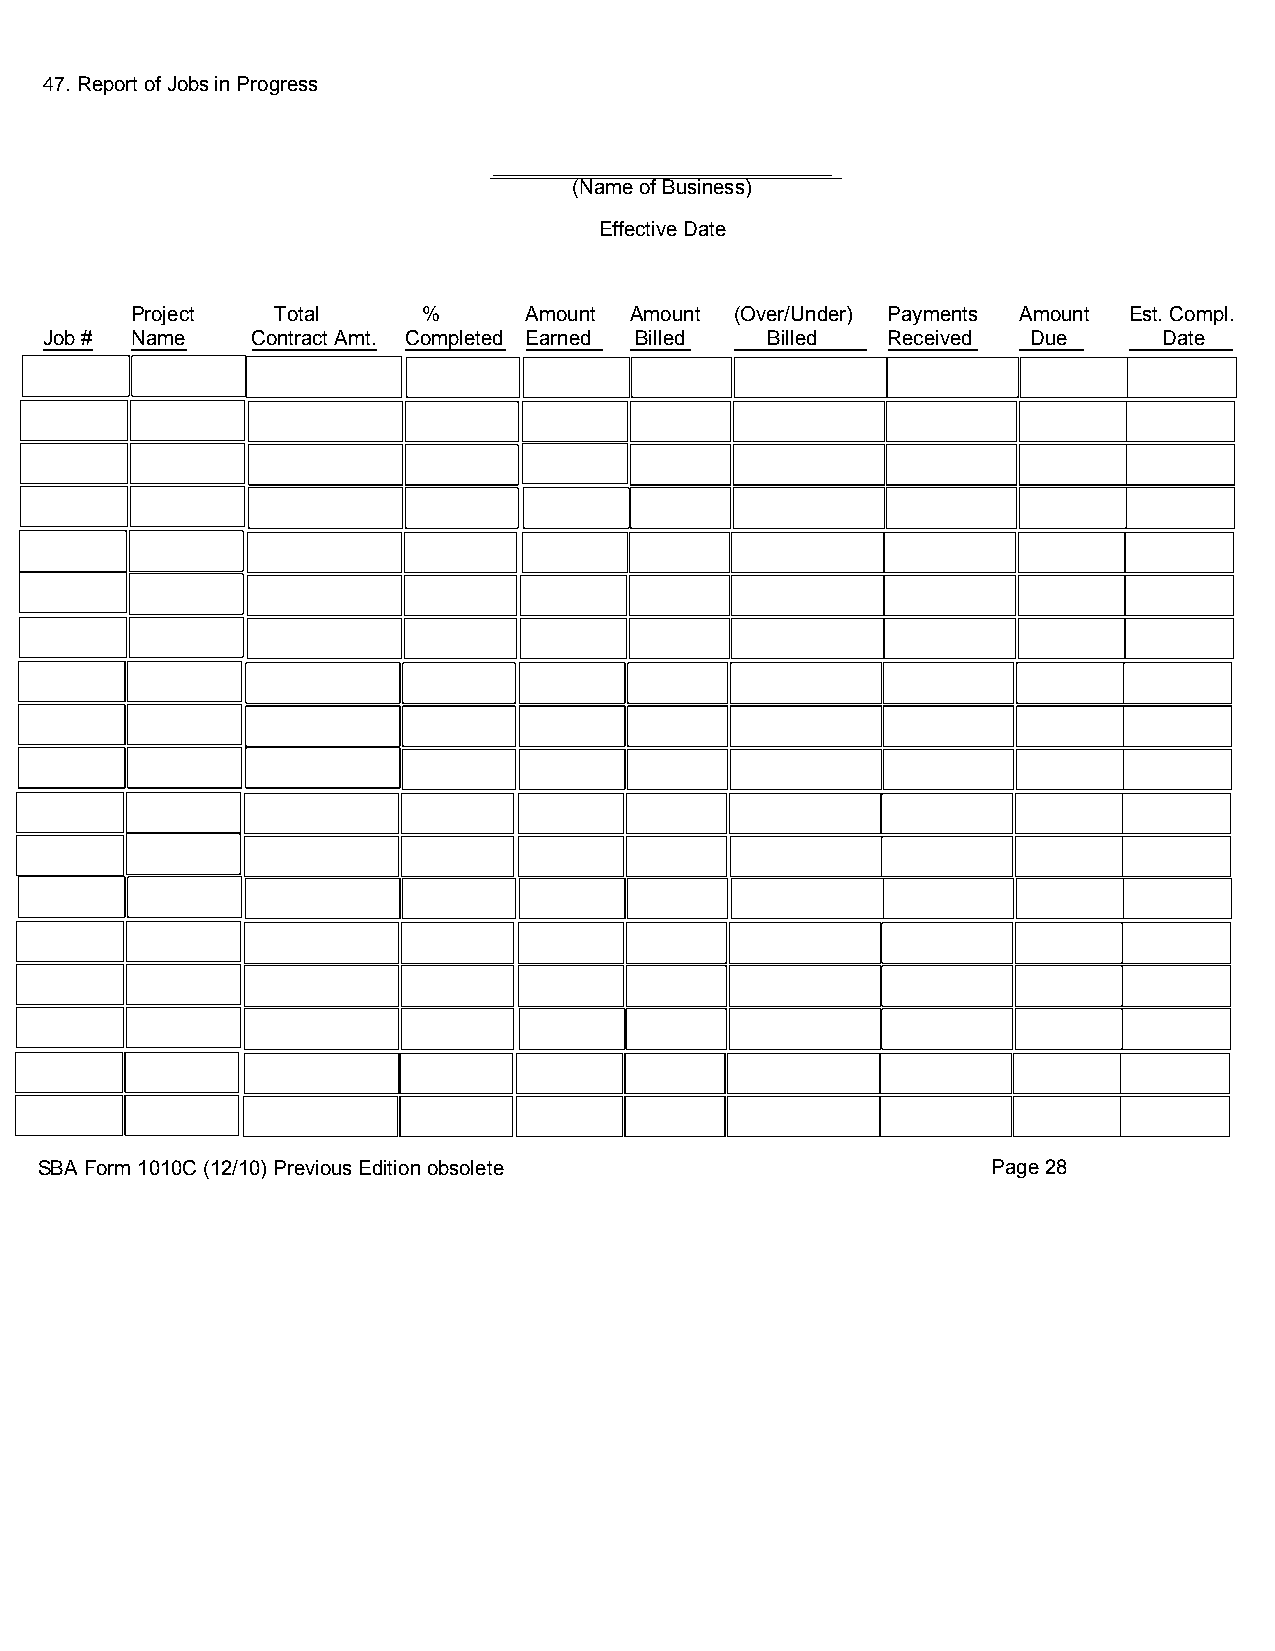
47. Report of Jobs in Progress
 (Name of Business)
 Effective Date
 Project  Total     %      Amount Amount (Over/Under) Payments Amount Est. Compl.
 Job # Name    Contract Amt. Completed Earned Billed Billed Received Due   Date
 SBA Form 1010C (12/10) Previous Edition obsolete                Page 28